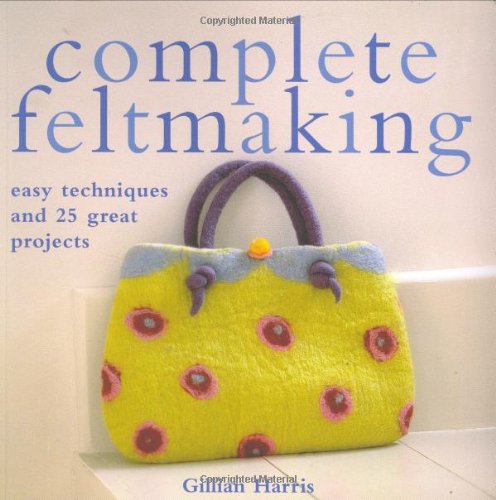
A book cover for Complete Feltmaking: Easy Techniques and 25 Great Projects; Gillian Harris; Crafts, Hobbies & Home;